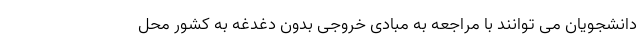
دانشجویان می توانند با مراجعه به مبادی خروجی بدون دغدغه به کشور محل